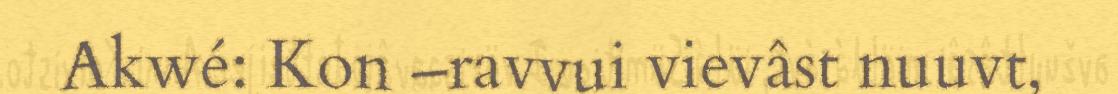
Akwé: Kon –ravvui vievâst nuuvt,